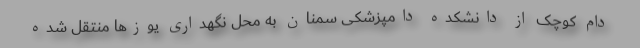
دام کوچک از دانشکده دامپزشکی سمنان به محل نگهداری یوزها منتقل شده